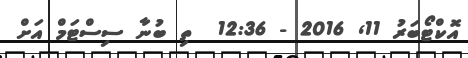
އޮކްޓޯބަރު 11